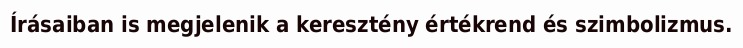
Írásaiban is megjelenik a keresztény értékrend és szimbolizmus.